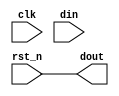
/*************************************************************************
*
* Copyright  Microsoft Corporation. All rights reserved.
* Copyright  Broadcom Inc. All rights reserved.
* Licensed under the MIT License.
*
*************************************************************************/
module cr_dual_rank_synchronizer (clk, rst_n, din, dout);

parameter WIDTH = 1;
parameter RESET_VAL = 0;

   input  clk;
   input  rst_n;
   input  din;
   output dout;
   
  assign dout = rst_n;

endmodule